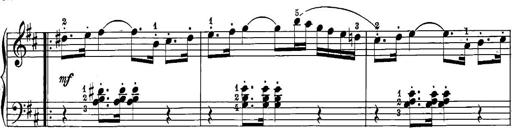
Title: 12 Sonatine per Pianoforte
Composer: Friedrich Kuhlau